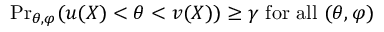
{ \operatorname* { P r } } _ { \theta , \varphi } ( u ( X ) < \theta < v ( X ) ) \geq \gamma { \mathrm { ~ f o r ~ a l l ~ } } ( \theta , \varphi )